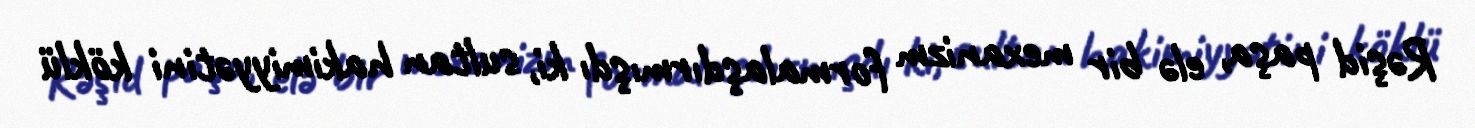
Rəşid paşa, elə bir mexanizm formalaşdırmışdı ki, sultan hakimiyyətini köklü